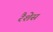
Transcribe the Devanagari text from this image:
रैशेस